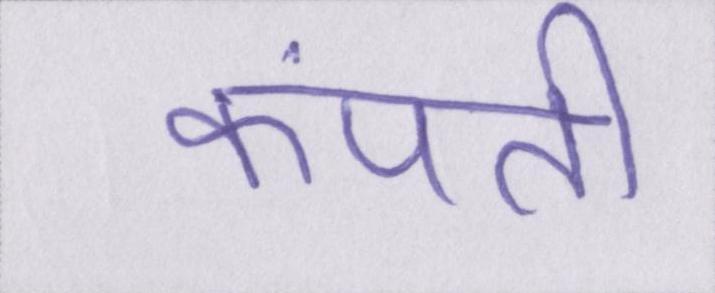
कंपती